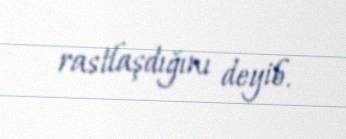
rastlaşdığını deyib.